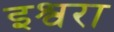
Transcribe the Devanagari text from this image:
इश्वरा